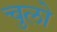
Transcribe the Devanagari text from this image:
चुलो